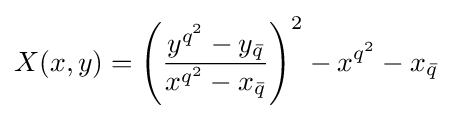
X(x,y)=\left({\frac {y^{q^{2}}-y_{\bar {q}}}{x^{q^{2}}-x_{\bar {q}}}}\right)^{2}-x^{q^{2}}-x_{\bar {q}}